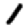
Digit: 1